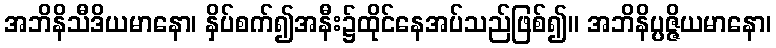
အဘိနိသီဒိယမာနော၊ နှိပ်စက်၍အနီး၌ထိုင်နေအပ်သည်ဖြစ်၍။ အဘိနိပ္ပဇ္ဇိယမာနော၊